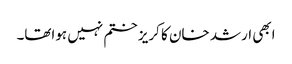
ابھی ارشد خان کا کریز ختم نہیں ہواتھا۔